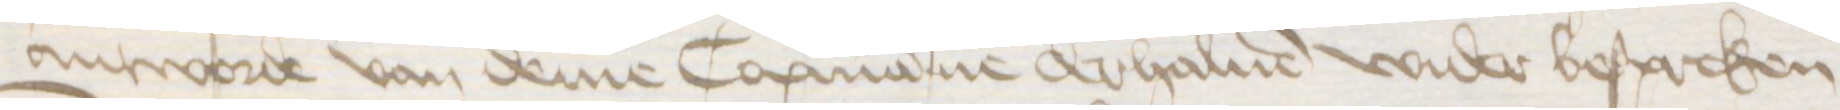
antworde van deme Copmanne derhaluen wider bespreken